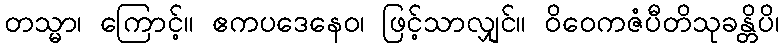
တသ္မာ၊ ကြောင့်။ ဧကပဒေနေဝ၊ ဖြင့်သာလျှင်။ ဝိဝေကဇံပီတိသုခန္တိပိ၊